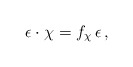
\begin{align*}\epsilon\cdot \chi = f_\chi\, \epsilon\, ,\end{align*}